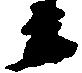
衛